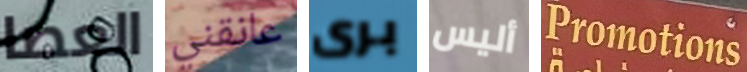
العصا عانقني برى أليس Promotions